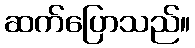
ဆက်ပြောသည်။